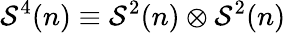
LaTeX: \mathcal{S}^{4}(n)\equiv\mathcal{S}^{2}(n)\otimes\mathcal{S}^{2}(n)